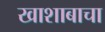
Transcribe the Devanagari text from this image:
खाशाबाचा